Lunatic asylums Madras 1892-1911 - 1892-1911
Year: 1892
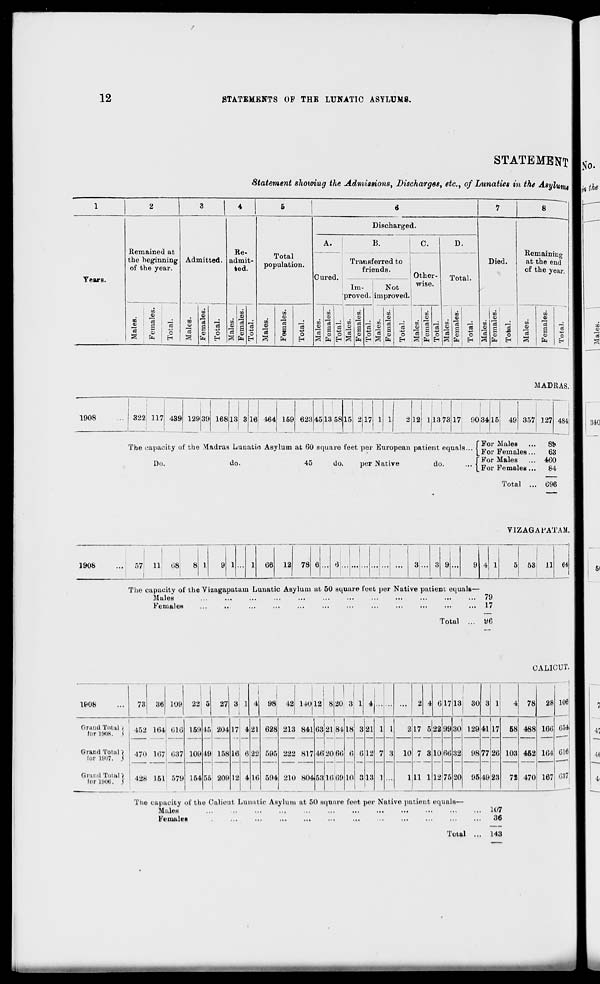
12
STATEMENTS OF THE LUNATIC ASYLUMS.
Years.
STATEMENT
Statement showing the Admissions, Discharges, etc., of Lunatics in the Asylum
Remained at
the beginning
of the year.
E0
. ' £
S
3
■ 3 ' £
a ! £ O
EH
Re-
Admitted. admit-
ted.
to
n
4)
<i>
10
IS ^ a ■ a •
o s 43 ^ s re
V
o ra co O
a En H a fe H
Total
population.
00
CD
OS
o
EH
Discharged.
A.
Cured.
B.
Transferred to
friends.
Im-
Not
proved, improved.
Other-
wise.
D.
Total.
o i *
En 3
_: co
o l*
EH £
C3
-B
o
EH
to
to
■ a
Died.
SB
O
H
o
g
O
fe
o
H
Remaining
at the end
of the year.
to
00
CD
a
fe
MADRAS,
1908
322 117 439 129 39 168 18 3 16 464 159 623 45 13 58 15 2 17 1 1
2 12
1 |
11373 17 9C
1
34 15 49 357 127 484
The capacity o f the Madras Lunatio Asylum at 60 square feet per European patient equals.
For Males
For Females...
8S>
63
Do
do •
45
do
1 )er Ns itn re
do.
•
" For Males
" For Females...
4G0
84
1908
Total ... 696
VIZAGAi'ATAM.
57 11 68
66 12 78
53i 11 64
The capacity of the Vizagapatam Lunatic Asylum at 50 square feet per Native patient equals—
Mules
79
Females
...
..
...
...
•••
■ ••
•••
•••
•••
•••
•••
••• 17
Total ... yfi
CALICUT.
1P08
73 36 109
1
|
22 5 27
i
3 1
1
]
4 98; 42 140 12 8 20 3 1 4
...
2 4 6
17
13
1
30 3 1
4 78
28
Grand Total 1
lor 1808, *
Grand Total)
for 1907. J
Grand Total)
foriyoo. j
452 164 616
470 167 637
i
428 151 57!)
159
109
154
45
19
55
204
! 158
209
17
16
12
4
6
4
21
22
16
628
595
594
213 841
222 817
210 804
63
46
53
i
2184
20 66
16 69
1
18
6
10
3
6
3
21
12
13
1
7
1
1
3
2
10
1
17 5
7 3
11 1
22
10
12
99
66
75
30
32
20
129
98
95
41
77
lit
17
26
23
58
103
78
488
452
470
16(5
164
167
106
G54
016
887
The capacity of the Calicut Lunatic Asylum at 50 square feet per Native patient equals-
Mules
Females
.. 107
36
Total
143